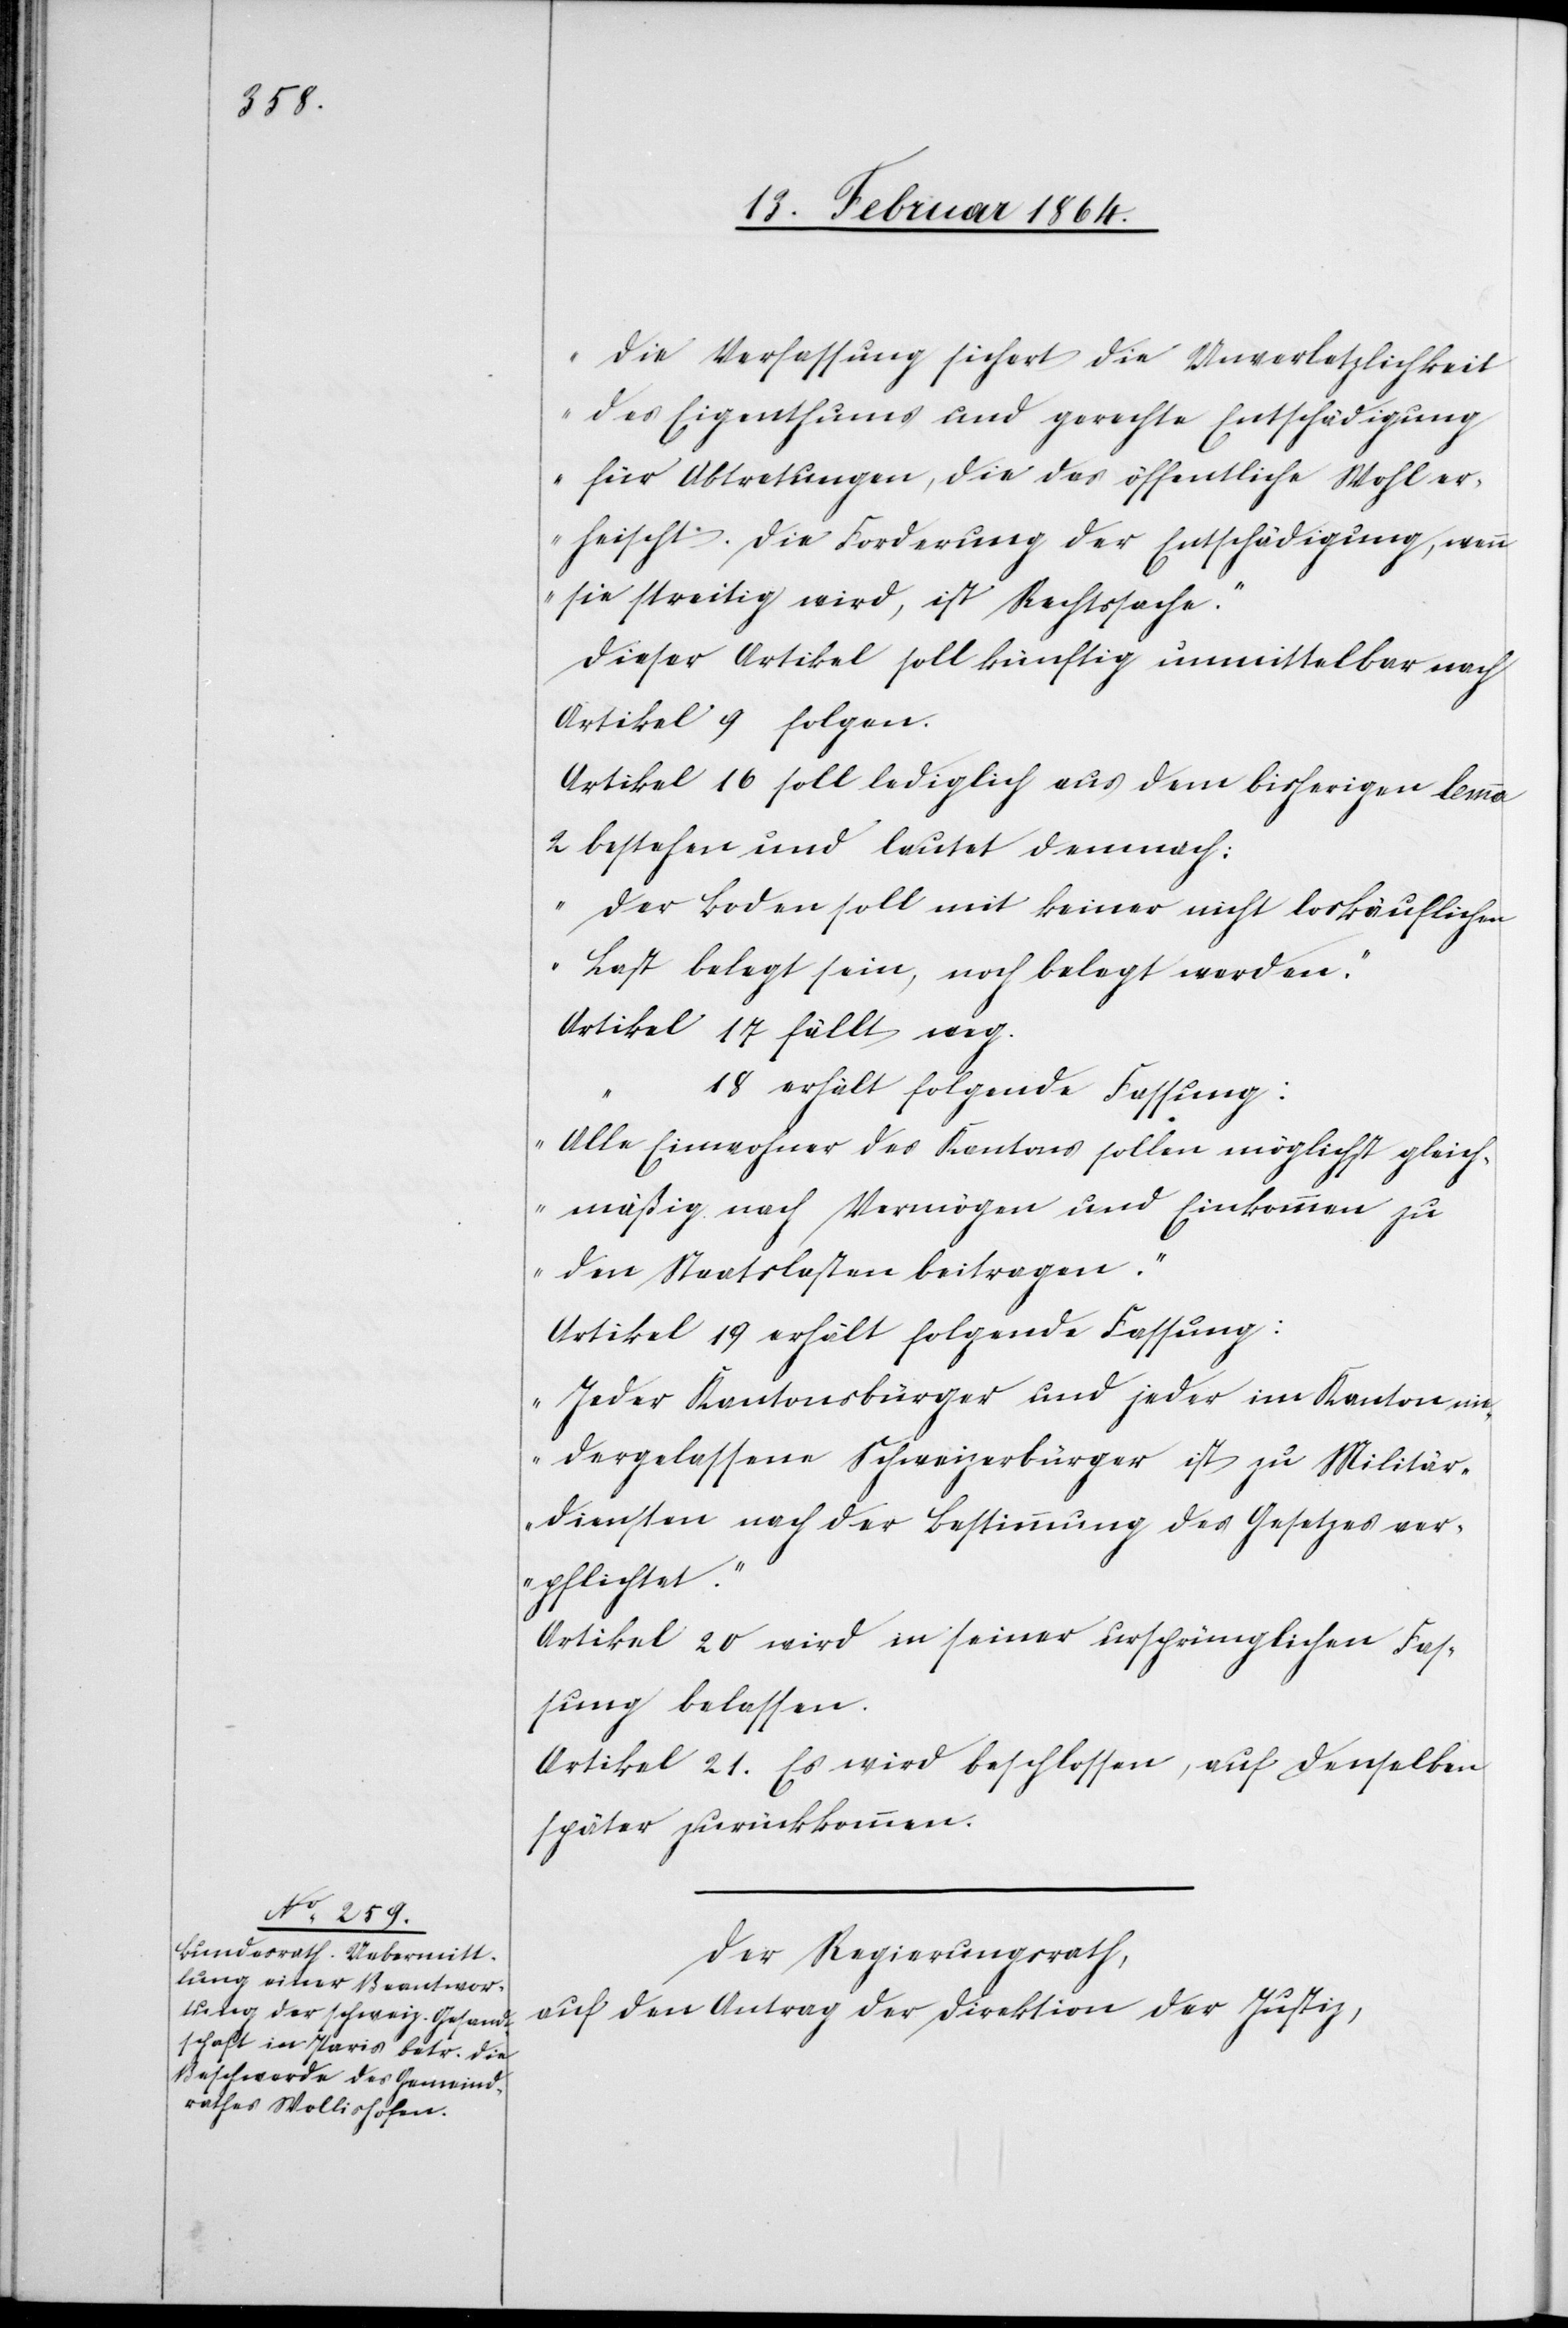
„Die Verfassung sichert die Unverletzlichkeit
des Eigenthums und gerechte Entschädigung
für Abtretungen, die das öffentliche Wohl er¬
heischt. Die Forderung der Entschädigung, wenn
sie streitig wird, ist Rechtssache.“
Dieser Artikel soll künftig unmittelbar nach
Artikel 9 folgen.
Artikel 16 soll lediglich aus dem bisherigen lemma
2 bestehen und lautet demnach:
„Der Boden soll mit keiner nicht loskäuflichen
Last belegt sein, noch belegt werden.“
Artikel 17 fällt weg.
18 erhält folgende Fassung:
„Alle Einwohner des Kantons sollen möglichst gleich¬
mäßig nach Vermögen und Einkommen zu
den Staatslasten beitragen.“
Artikel 19 erhält folgende Fassung:
„Jeder Kantonsbürger und jeder im Kanton nie¬
dergelassene Schweizerbürger ist zu Militär¬
diensten nach der Bestimmung des Gesetzes ver¬
pflichtet.“
Artikel 20 wird in seiner ursprünglichen Fas¬
sung belassen.
Artikel 21. Es wird beschlossen, auf denselben
später zurückkommen
Der Regierungsrath,
auf den Antrag der Direktion der Justiz,